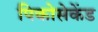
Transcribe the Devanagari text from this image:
पिकोसेकेंड